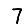
Digit: 7